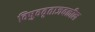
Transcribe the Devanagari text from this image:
विषुववृताजवळील